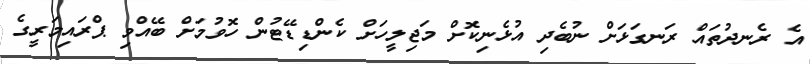
އެ ރެނދުތައް ރަނގަޅަށް ނުބެދި އުޅެނިކޮށް މަޖިލީހަށް ކެންޑިޑޭޓުން ހޮވުމަށް ބޭއްވި ޕްރައިމަރީގެ